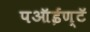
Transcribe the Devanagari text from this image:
पऑईण्टॅ